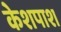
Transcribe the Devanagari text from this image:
केशपाश